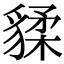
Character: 𧳨